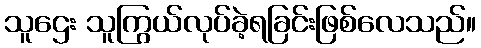
သူဌေး သူကြွယ်လုပ်ခဲ့ရခြင်းဖြစ်လေသည်။